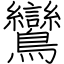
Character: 鸞